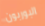
البوربون